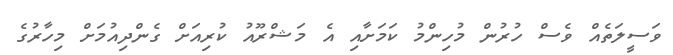
ވަސީލަތެއް ވެސް ހުރުން މުހިންމު ކަމަށާއި އެ މަޝްރޫއު ކުރިއަށް ގެންދިއުމަށް މިހާރުގެ